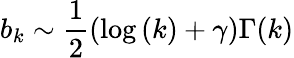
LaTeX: b_{k}\sim\frac{1}{2}(\log{(k)}+\gamma)\Gamma(k)